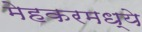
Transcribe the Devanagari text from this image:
मेहकरमध्ये